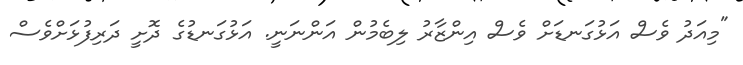
"މިއަދު ވެސް އަޅުގަނޑަށް ވެސް އިންޒާރު ލިބެމުން އަންނަނީ. އަޅުގަނޑުގެ ދޮށީ ދަރިފުޅަށްވެސް